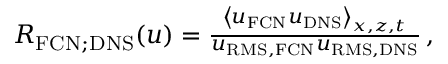
\begin{array} { r } { R _ { \mathrm { F C N ; D N S } } ( u ) = \frac { \left< u _ { \mathrm { F C N } } u _ { \mathrm { D N S } } \right> _ { x , z , t } } { u _ { \mathrm { R M S , F C N } } u _ { \mathrm { R M S , D N S } } } \, , } \end{array}